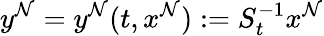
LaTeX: y^{\mathcal{N}}=y^{\mathcal{N}}(t,x^{\mathcal{N}}):=S_{t}^{-1}x^{\mathcal{N}}